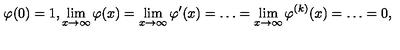
\varphi ( 0 ) = 1 , \lim _ { x \to \infty } \varphi ( x ) = \lim _ { x \to \infty } \varphi ^ { \prime } ( x ) = \ldots = \lim _ { x \to \infty } \varphi ^ { ( k ) } ( x ) = \ldots = 0 ,